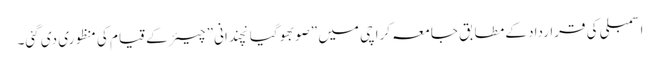
اسمبلی کی قرارداد کے مطابق جامعہ کراچی میں ”صوبھوگیانچندانی” چیئر کے قیام کی منظوری دی گئی۔